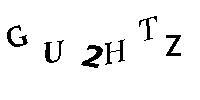
GU2HTZ